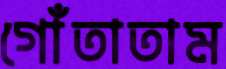
গোঁতাতাম